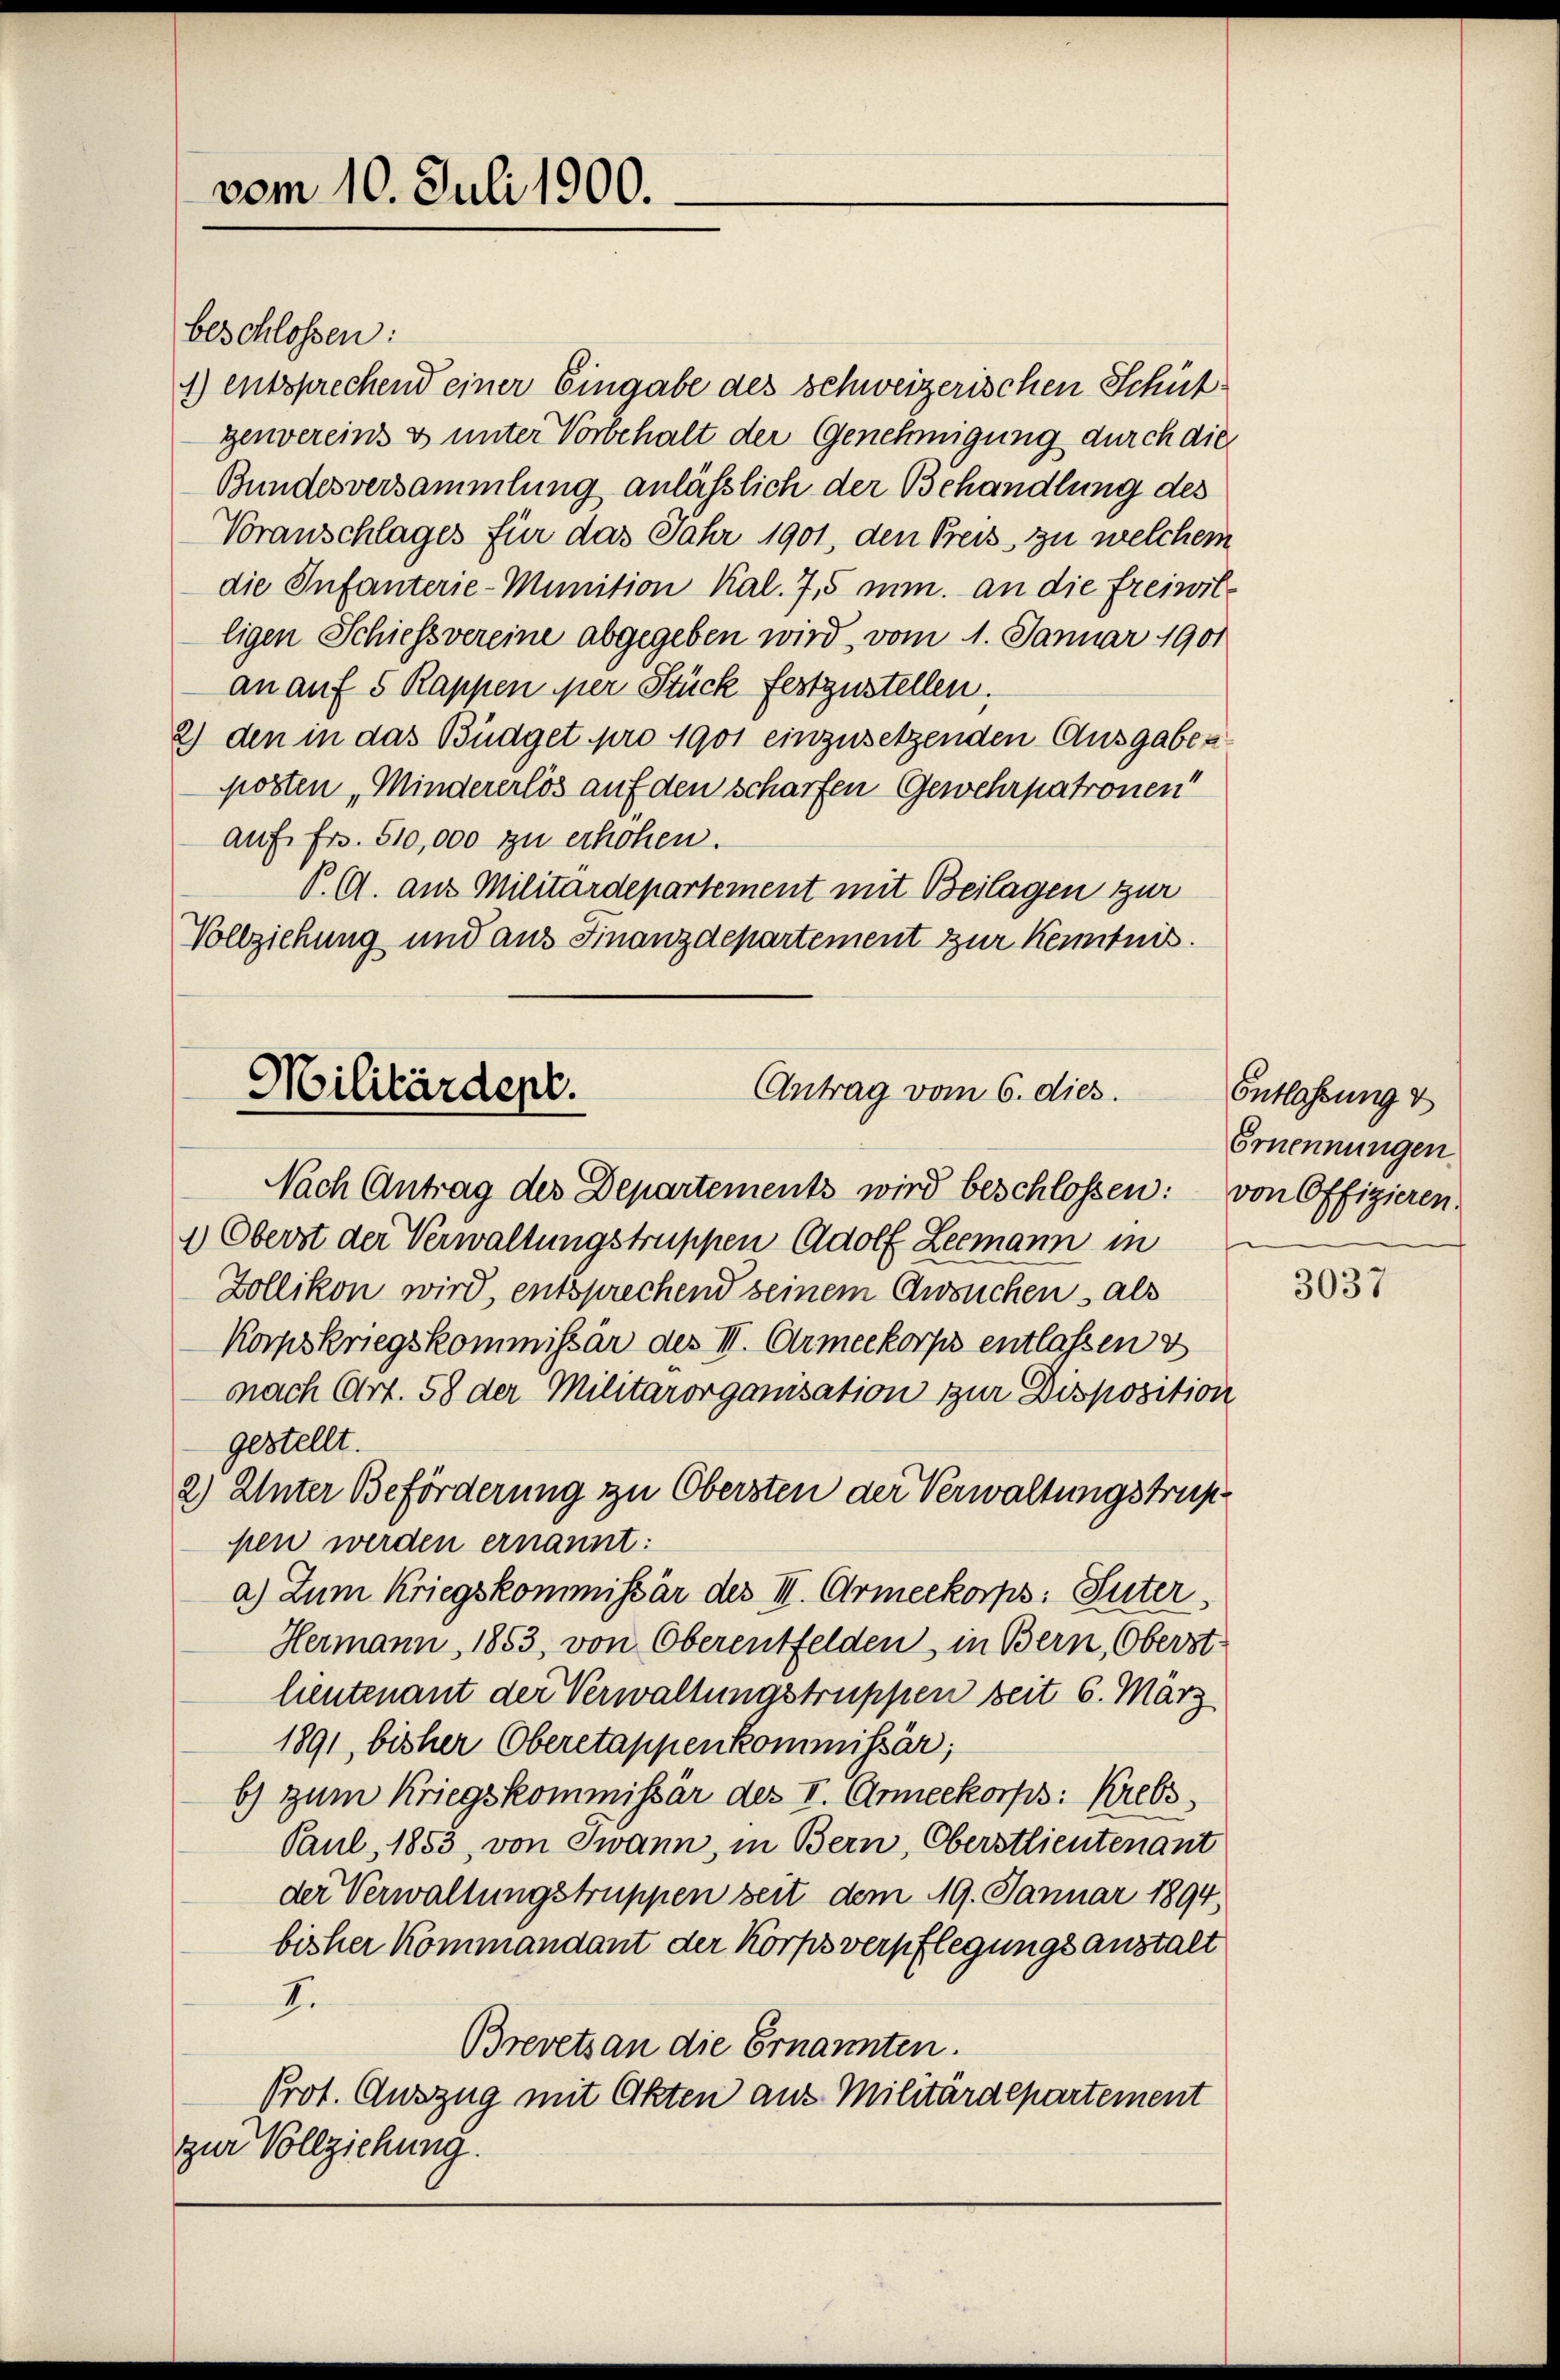
vom 10. Juli 1900.

beschlossen:
1) entsprechend einer Eingabe des schweizerischen Schütgenvereins & unter Vorbehalt der Genehmigung durch dies
Bundesversammlung anlässlich der Behandlung des
Voranschlages für das Jahr 1901, den Preis zu welchem
die Infanterie-Munition Kal. 7,5 mm an die freiwilligen Schiessvereine abgegeben wird, vom 1. Januar 1901
an auf 5 Rappen per Stück festzustellen.
2) den in das Büdget pro 1901 einzusetzenden Ausgabes
posten „Mindererlös auf den scharfen Gewehrpatronen
auf Fr. 510,000 zu erhöhen.
P. A. aus Militärdepartement mit Beilagen zur
Vollziehung und aus Finanzdepartement zur Kenntnis.

Militärdept.
Antrag vom 6. dies.

Nach Antrag des Departements wird beschlossen: von Offizieren.
1) Oberst der Verwaltungstruppen Adolf Leemann in
Zollikon wird, entsprechend seinem Ansuchen als
Korpskriegskommissär des III. Armeekorps entlassen d
nach Art. 58 der Militärorganisation zur Disposition
gestellt.
2) Unter Beförderung zu Obersten der Verwaltungstruppen werden ernannt:
a) Zum Kriegskommissär des III. Armeekorps: Suter,
Hermann, 1853, von Oberentfelden, in Bern, Oberst
heutenant der Verwaltungstruppen beit 6. März
1891 bisher Oberetappenkommissär,
b) zum Kriegskommissär des I. Armeekorps: Krebs
Paul, 1853, von Twann, in Bern, Oberstlieutenant
der Verwaltungstruppen seit dem 19. Januar 1894,
bisher Kommandant der Korps verpflegungsanstalt
7.
Brevets an die Ernannten.
Prot. Auszug mit Okten aus Militärdepartement
zur Vollziehung.

Entlassung &
Ernennungen

3037